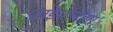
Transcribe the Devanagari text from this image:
ज़ाइगोनीमा